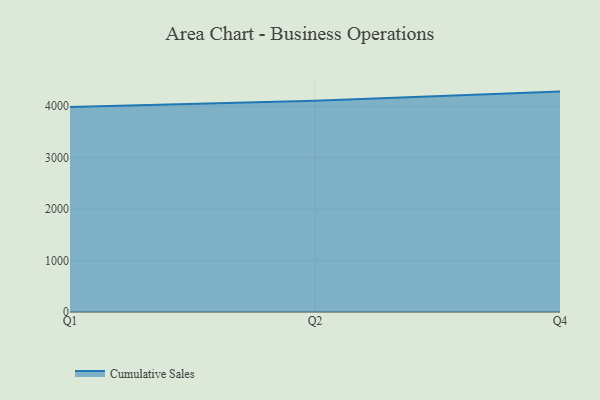
{"axis": {"x": "Quarter", "y": "Headcount"}, "legend": ["Cumulative Sales"], "data": [{"x": "Q1", "y": 3987.3, "type": "Cumulative Sales"}, {"x": "Q2", "y": 4105.2, "type": "Cumulative Sales"}, {"x": "Q4", "y": 4285.4, "type": "Cumulative Sales"}]}